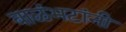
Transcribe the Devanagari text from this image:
बाळंभटांनी